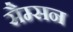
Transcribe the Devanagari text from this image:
सैम्सन